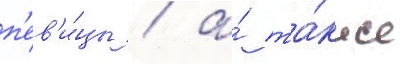
п'ев'и́цы / а́ та́кже